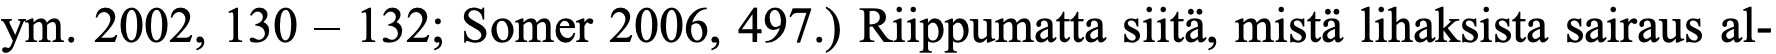
ym. 2002, 130 – 132; Somer 2006, 497.) Riippumatta siitä, mistä lihaksista sairaus al-